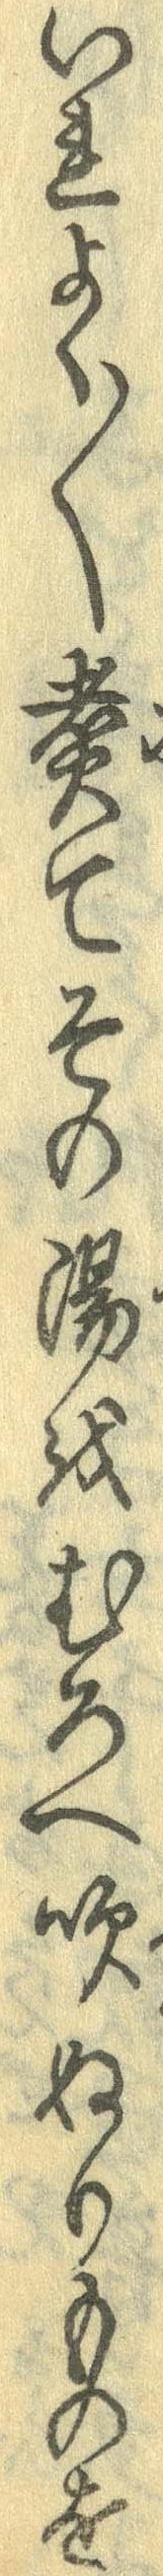
いれよく〱煮てその湯をむろへ吹ぬりものを